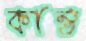
কান্ত